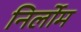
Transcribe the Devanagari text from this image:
निर्लोम